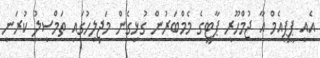
އެއީ ޕީޕީއެމް އާ ޖުމްހޫރީ ޕާޓީގެ މެމްބަރުން ގުޅިގެން މަޖިލިހުގައި ތަމްސީލު ކުރަނީ